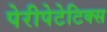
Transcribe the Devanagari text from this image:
पेरीपेटेटिक्स